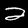
Label: 2